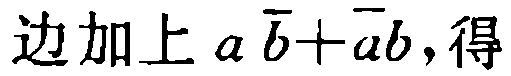
边加上 \(a \overline{b}+\overline{a}b\)，得